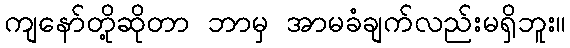
ကျနော်တို့ဆိုတာ ဘာမှ အာမခံချက်လည်းမရှိဘူး။